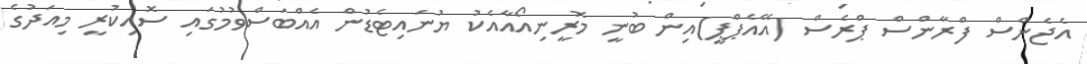
އެޖެންސް ފްރާންސް ޕްރެސް (އޭއެޕްޕީ)އިން ބުނީ މޮރީނިއޯއާއެކު ޔުނައިޓެޑުން އެއްބަސްވުމުގައި ސޮއިކުރީ މިއަދުގެ